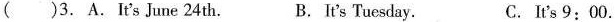
( )3. A.It's June 24th. B. It's Tuesday. C.It's 9:00.